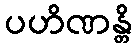
ပဟိဏန္တိ